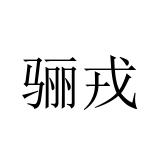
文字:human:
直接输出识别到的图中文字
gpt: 骊戎